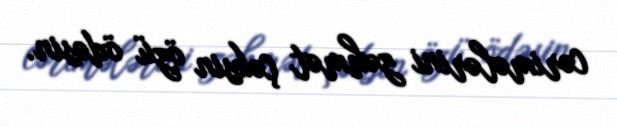
cərimələrini zəhmət çəksin özü ödəsin.